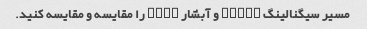
مسیر سیگنالینگ Hippo و آبشار MAPK را مقایسه و مقایسه کنید.